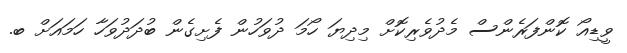
ވީޑިއޯ ކޮންފަރެންސް މެދުވެރިކޮށް މިދިޔަ ހޯމަ ދުވަހުން ފެށިގެން ބުދަދުވަހާ ހަމައަށް ބ.